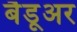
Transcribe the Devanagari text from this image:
बैडूअर